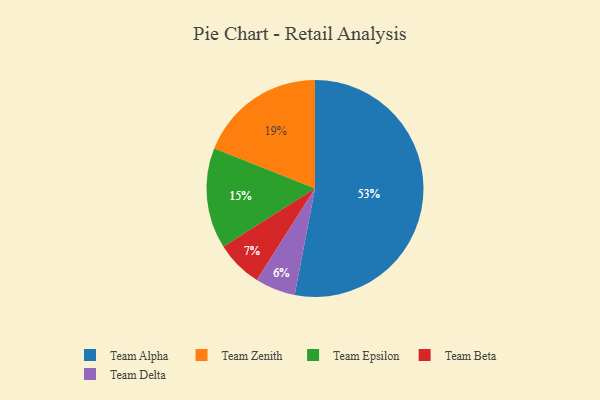
{"axis": {"x": "Category", "y": "Percentage"}, "legend": ["Team Alpha", "Team Beta", "Team Delta", "Team Epsilon", "Team Zenith"], "data": [{"x": "Team Zenith", "y": 19, "type": "Team Zenith"}, {"x": "Team Epsilon", "y": 15, "type": "Team Epsilon"}, {"x": "Team Alpha", "y": 53, "type": "Team Alpha"}, {"x": "Team Delta", "y": 6, "type": "Team Delta"}, {"x": "Team Beta", "y": 7, "type": "Team Beta"}]}